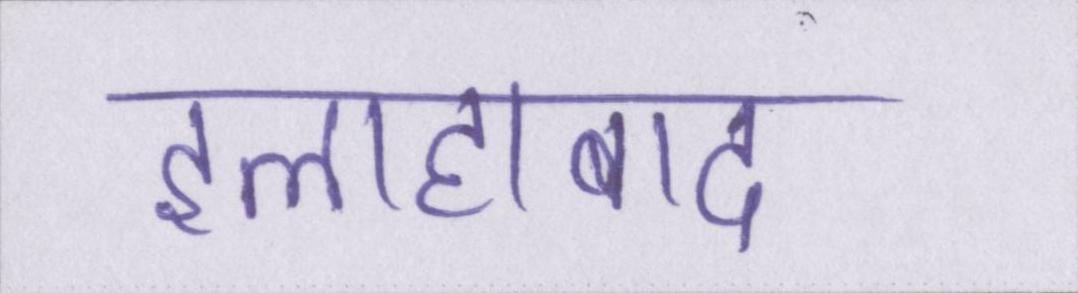
इलाहाबाद